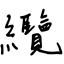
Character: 纜